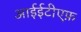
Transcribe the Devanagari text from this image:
आईईटीएफ़